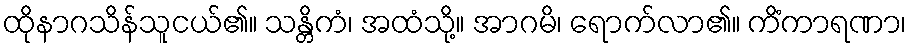
ထိုနာဂသိန်သူငယ်၏။ သန္တိကံ၊ အထံသို့။ အာဂမိ၊ ရောက်လာ၏။ ကိံကာရဏာ၊